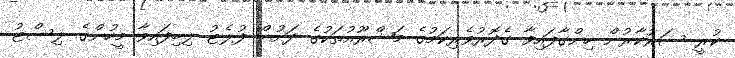
ކުރީ ސަރުކާރުން ހިންގާފައިވާ ގެދޮރުވެރިކަމުގެ މަޝްރޫއުތަކުގެ ދަށުން ފުލެޓު ލިބިފައިވާ މީހުންގެ ލިސްޓު